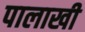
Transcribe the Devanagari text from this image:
पालाखी